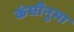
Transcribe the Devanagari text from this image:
कंघीनुमा